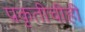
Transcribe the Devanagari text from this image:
प्रकृतीचीही